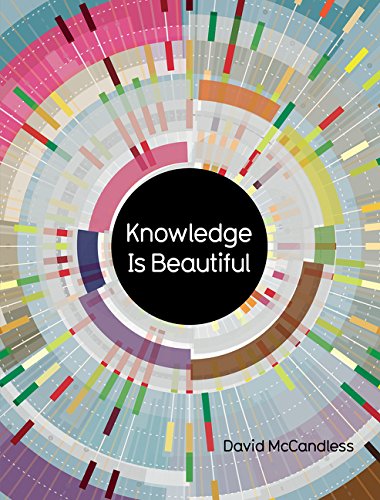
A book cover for Knowledge Is Beautiful: Impossible Ideas, Invisible Patterns, Hidden Connections--Visualized; David McCandless; Humor & Entertainment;